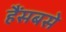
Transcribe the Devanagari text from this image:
हैंसबसे